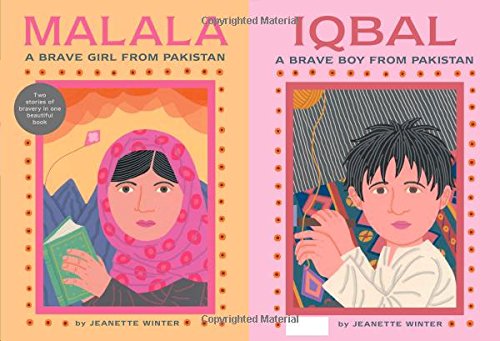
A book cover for Malala, a Brave Girl from Pakistan/Iqbal, a Brave Boy from Pakistan: Two Stories of Bravery; Jeanette Winter; Children's Books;